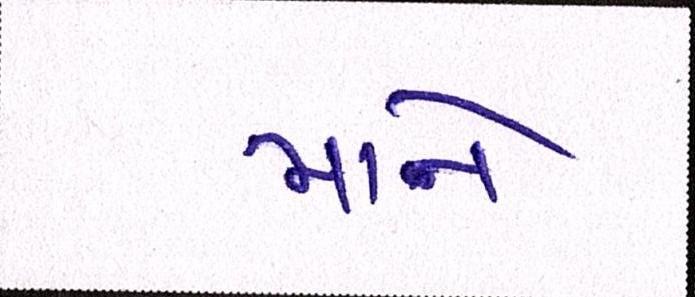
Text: માને